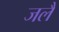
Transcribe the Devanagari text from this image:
जलै